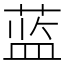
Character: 蓝